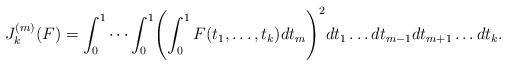
LaTeX: \begin{align*}J_k^{(m)}(F)=\int_0^1\cdots\int_0^1\Biggl(\int_0^1F(t_1,\ldots,t_k)dt_m\Biggr)^2dt_1\ldots dt_{m-1}dt_{m+1}\ldots dt_k.\end{align*}